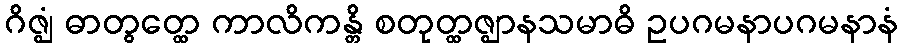
ဂိဇ္ဈံ ဓာတွတ္ထေ ကာလိကန္တိ စတုတ္ထဇ္ဈာနသမာဓိ ဥပဂမနာပဂမနာနံ